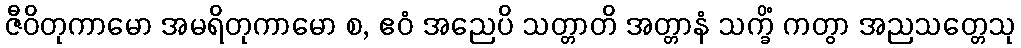
ဇီဝိတုကာမော အမရိတုကာမော စ, ဧဝံ အညေပိ သတ္တာတိ အတ္တာနံ သက္ခိံ ကတွာ အညသတ္တေသု